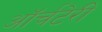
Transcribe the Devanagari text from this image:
ऑर्चटेरी